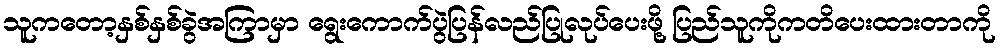
သူကတော့နှစ်နှစ်ခွဲအကြာမှာ ရွေးကောက်ပွဲပြန်လည်ပြုလုပ်ပေးဖို့ ပြည်သူကိုကတိပေးထားတာကို